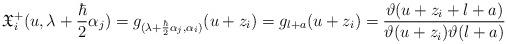
LaTeX: \begin{align*}\mathfrak{X}_i^{+}(u, \lambda+ \frac{\hbar}{2}\alpha_j)=g_{(\lambda+ \frac{\hbar}{2}\alpha_j, \alpha_i)}(u+z_i)= g_{l+a}(u+z_i)=\frac{\vartheta(u+z_i+l+a) }{\vartheta(u+z_i)\vartheta(l+a)}\end{align*}